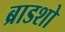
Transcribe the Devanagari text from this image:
ब्राडशो